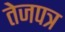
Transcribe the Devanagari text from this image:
तेजपत्र